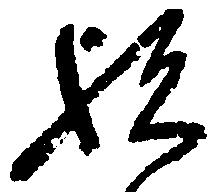
歟